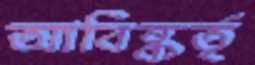
আবিষ্কর্তৃ